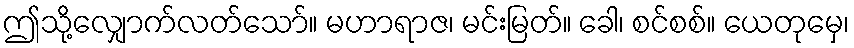
ဤသို့လျှောက်လတ်သော်။ မဟာရာဇ၊ မင်းမြတ်။ ခေါ၊ စင်စစ်။ ယေတုမှေ၊